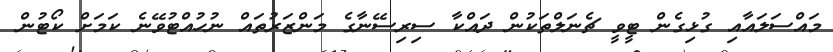
މައްސަލައާއި ގުޅިގެން ޓީވީ ޗެނަލްތަކުން ދައްކާ ސިރިސޭނާގެ މަންޒަރުތައް ނުހުއްޓުވޭނެ ކަަމަށް ކޯޓުން